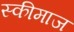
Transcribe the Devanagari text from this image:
स्कीमाज